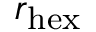
r _ { \mathrm { h e x } }